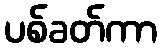
ပစ်ခတ်ကာ